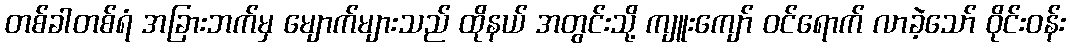
တစ်ခါတစ်ရံ အခြားဘက်မှ မျောက်များသည် ထိုနယ် အတွင်းသို့ ကျူးကျော် ဝင်ရောက် လာခဲ့သော် ဝိုင်းဝန်း